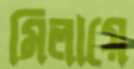
মিলায়ে